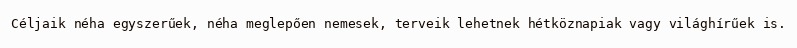
Céljaik néha egyszerűek, néha meglepően nemesek, terveik lehetnek hétköznapiak vagy világhírűek is.